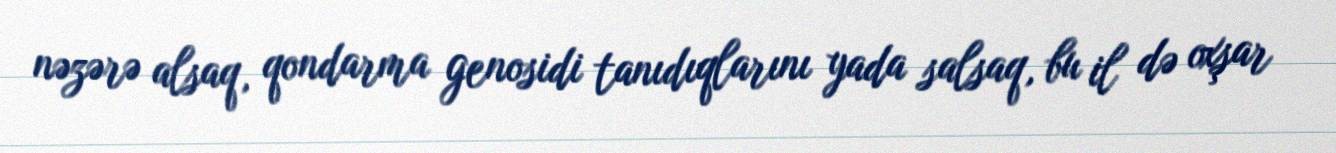
nəzərə alsaq, qondarma genosidi tanıdıqlarını yada salsaq, bu il də oxşar